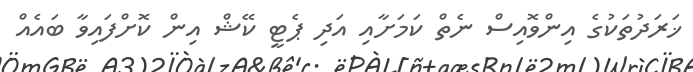
ޚަރަދުތަކުގެ އިންވޮއިސް ނެތް ކަމަށާއި އަދި ޕެޓީ ކޭޝް އިން ކޮށްފައިވާ ބައެއް